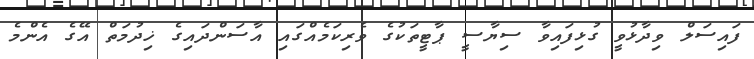
ފައިސަލް ވިދާޅުވީ ގުޅިފައިވާ ސިޔާސީ ޕާޓީތަކުގެ ވެރިކަމެއްގައި އާސަންދައިގެ ޚިދުމަތް އޭގެ އެންމެ